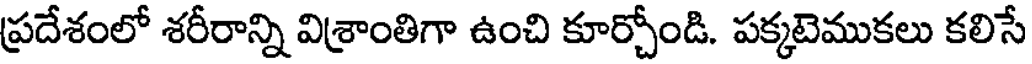
ప్రదేశంలో శరీరాన్ని విశ్రాంతిగా ఉంచి కూర్చోండి. పక్కటెముకలు కలిసే